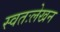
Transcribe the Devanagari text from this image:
स्वतःलेखन